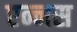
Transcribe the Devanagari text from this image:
एन्नस